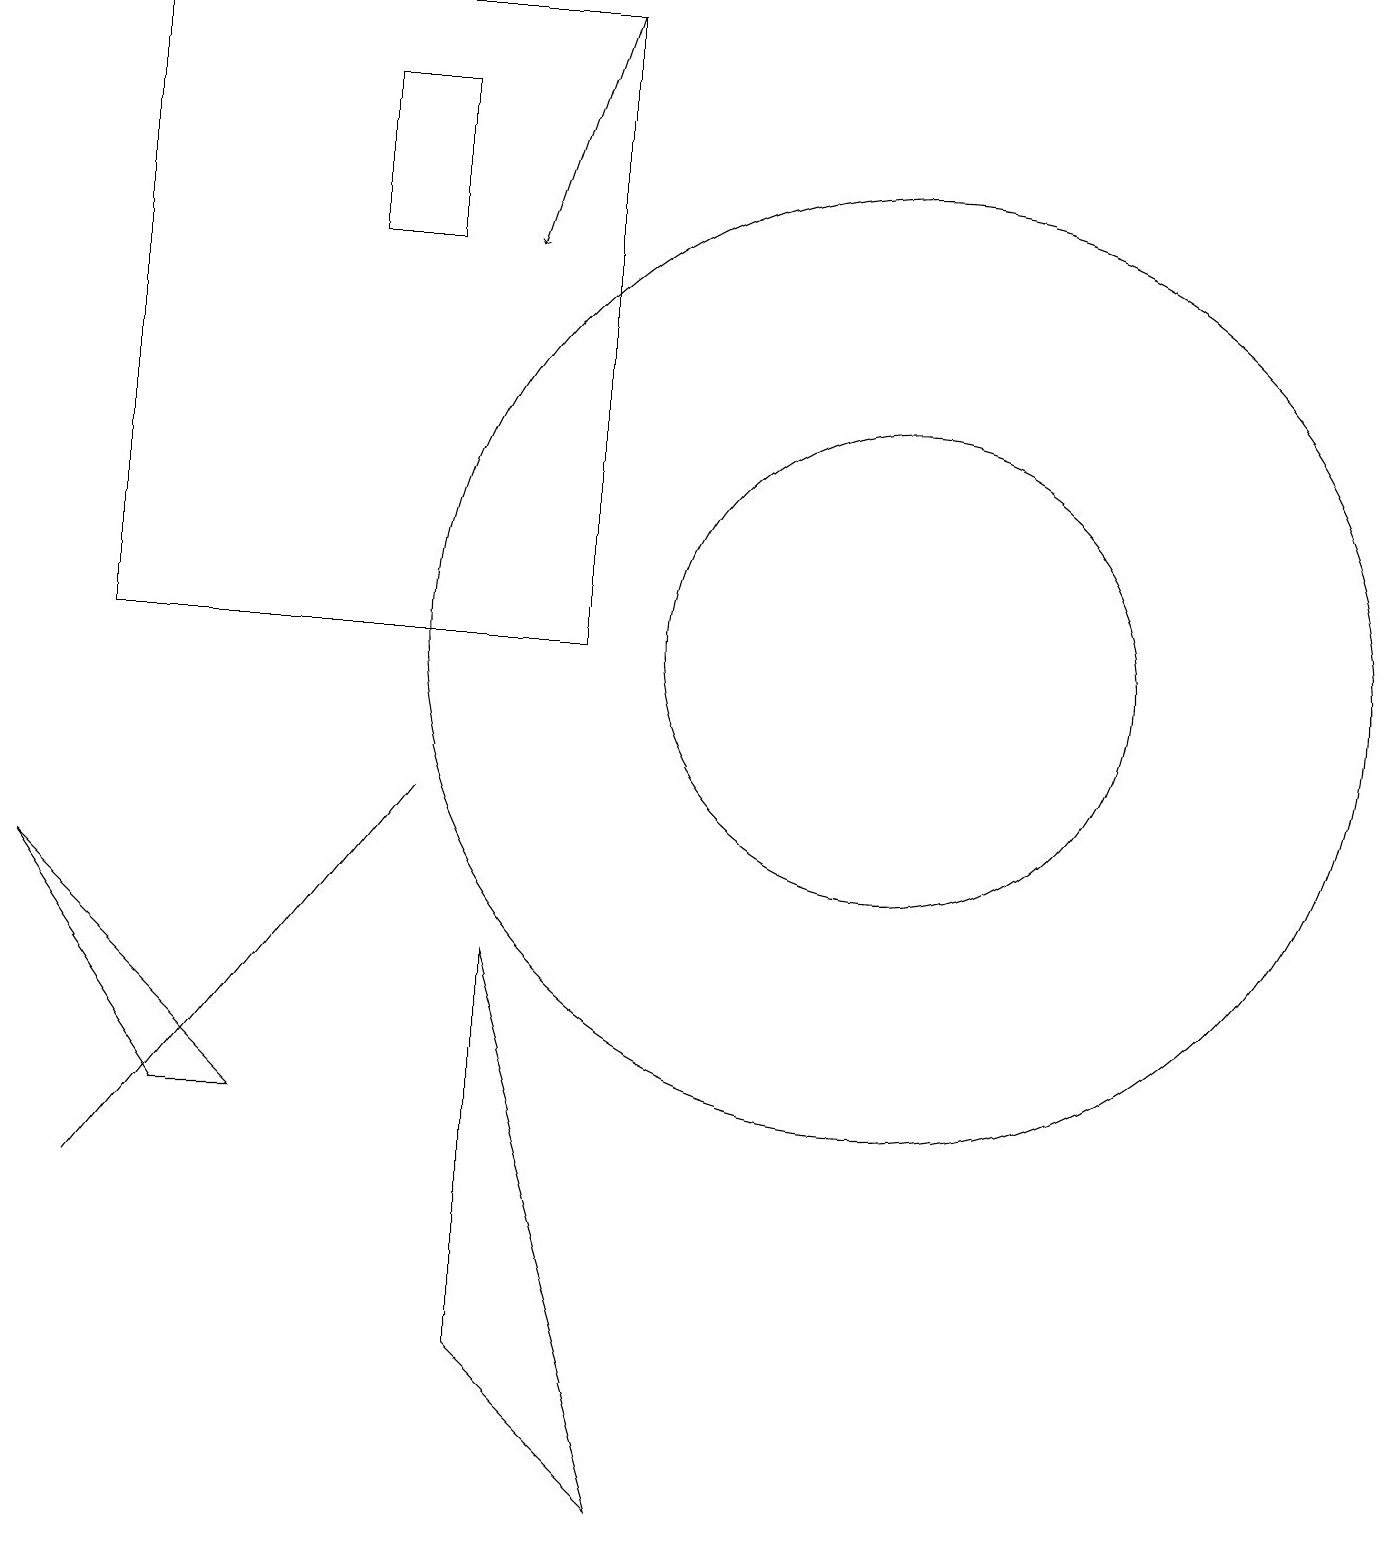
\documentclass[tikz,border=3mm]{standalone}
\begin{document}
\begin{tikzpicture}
\draw (6,7) -- (8,0) -- (6,2) -- cycle;
\draw (5,18) rectangle (4,16);
\draw (1,4) -- (5,9) -- (5,9) -- cycle;
\draw (7,11) rectangle (1,19);
\draw[->] (7,19) -- (6,16);
\draw (2,5) -- (0,8) -- (3,5) -- cycle;
\draw (11,11) circle (6);
\draw (11,11) circle (3);
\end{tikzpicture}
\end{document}